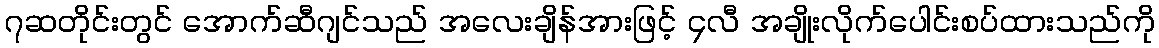
၇ဆတိုင်းတွင် အောက်ဆီဂျင်သည် အလေးချိန်အားဖြင့် ၄လီ အချိုးလိုက်ပေါင်းစပ်ထားသည်ကို